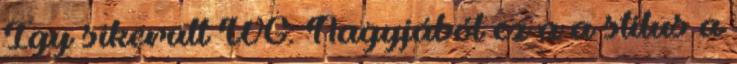
Így sikerült WG: Nagyjából ez a a stílus a